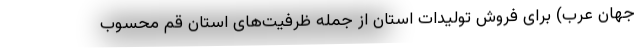
جهان عرب) برای فروش تولیدات استان از جمله ظرفیت‌های استان قم محسوب